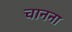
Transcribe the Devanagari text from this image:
चानना